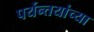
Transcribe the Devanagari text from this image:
पर्यन्तयांच्या